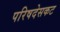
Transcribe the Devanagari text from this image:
परिषदेसकट